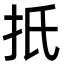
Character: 扺